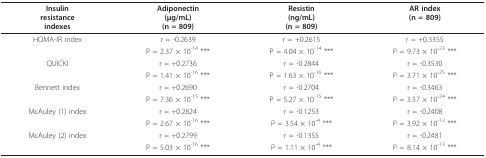
<table><thead><tr><td><b>Insulinresistanceindexes</b></td><td><b>Adiponectin(μg/mL)(n = 809)</b></td><td><b>Resistin(ng/mL)(n = 809)</b></td><td><b>AR index(n = 809)</b></td></tr></thead><tbody><tr><td>HOMA-IR index</td><td>r = -0.2639</td><td>r = +0.2615</td><td>r = +0.3355</td></tr><tr><td></td><td>P = 2.37 × 10<sup>-14 </sup>***</td><td>P = 4.04 × 10<sup>-14 </sup>***</td><td>P = 9.73 × 10<sup>-23 </sup>***</td></tr><tr><td>QUICKI</td><td>r = +0.2736</td><td>r = -0.2844</td><td>r = -0.3530</td></tr><tr><td></td><td>P = 1.41 × 10<sup>-16 </sup>***</td><td>P = 1.63 × 10<sup>-16 </sup>***</td><td>P = 3.71 × 10<sup>-25 </sup>***</td></tr><tr><td>Bennett index</td><td>r = +0.2690</td><td>r = -0.2704</td><td>r = -0.3463</td></tr><tr><td></td><td>P = 7.36 × 10<sup>-15 </sup>***</td><td>P = 5.27 × 10<sup>-15 </sup>***</td><td>P = 3.57 × 10<sup>-24 </sup>***</td></tr><tr><td>McAuley (1) index</td><td>r = +0.2824</td><td>r = -0.1253</td><td>r = -0.2408</td></tr><tr><td></td><td>P = 2.67 × 10<sup>-16 </sup>***</td><td>P = 3.54 × 10<sup>-4 </sup>***</td><td>P = 3.92 × 10<sup>-12 </sup>***</td></tr><tr><td>McAuley (2) index</td><td>r = +0.2799</td><td>r = -0.1355</td><td>r = -0.2481</td></tr><tr><td></td><td>P = 5.03 × 10<sup>-16 </sup>***</td><td>P = 1.11 × 10<sup>-4 </sup>***</td><td>P = 8.14 × 10<sup>-13 </sup>***</td></tr></tbody></table>